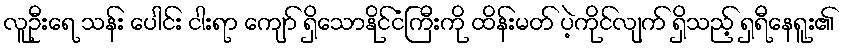
လူဦးရေ သန်း ပေါင်း ငါးရာ ကျော် ရှိသောနိုင်ငံကြီးကို ထိန်းမတ် ပဲ့ကိုင်လျက် ရှိသည့် ရှရီနေရူး၏